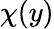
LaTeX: \chi(y)